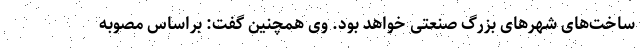
ساخت‌های شهر‌های بزرگ صنعتی خواهد بود. وی همچنین گفت: براساس مصوبه